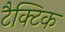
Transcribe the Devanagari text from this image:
टैक्टिक